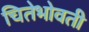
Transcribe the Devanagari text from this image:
चितेभोवती